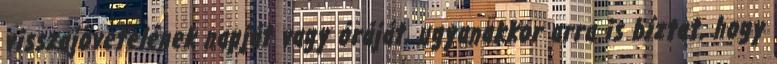
visszajövetelének napját vagy óráját, ugyanakkor arra is bíztat, hogy